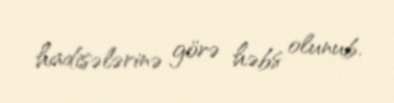
hadisələrinə görə həbs olunub.